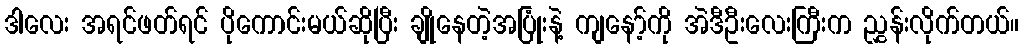
ဒါလေး အရင်ဖတ်ရင် ပိုကောင်းမယ်ဆိုပြီး ချိုနေတဲ့အပြုံးနဲ့ ကျနော့်ကို အဲဒီဦးလေးကြီးက ညွှန်းလိုက်တယ်။